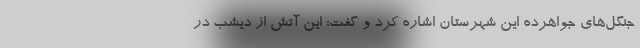
جنگل‌های جواهرده این شهرستان اشاره کرد و گفت: این آتش از دیشب در